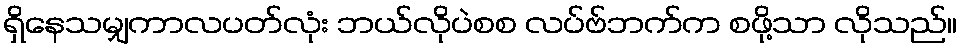
ရှိနေသမျှကာလပတ်လုံး ဘယ်လိုပဲစစ လပ်ဗ်ဘက်က စဖို့သာ လိုသည်။